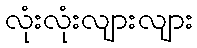
လုံးလုံးလျားလျား